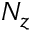
N _ { z }